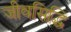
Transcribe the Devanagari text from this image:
जीवसिद्धि